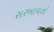
સરખાવતો